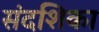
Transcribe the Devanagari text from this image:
संदशिका